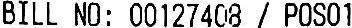
BILL NO: 00127408 / POS01